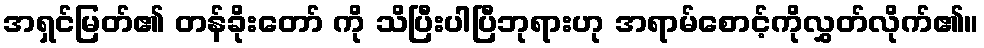
အရှင်မြတ်၏ တန်ခိုးတော် ကို သိပြီးပါပြီဘုရားဟု အရာမ်စောင့်ကိုလွှတ်လိုက်၏။